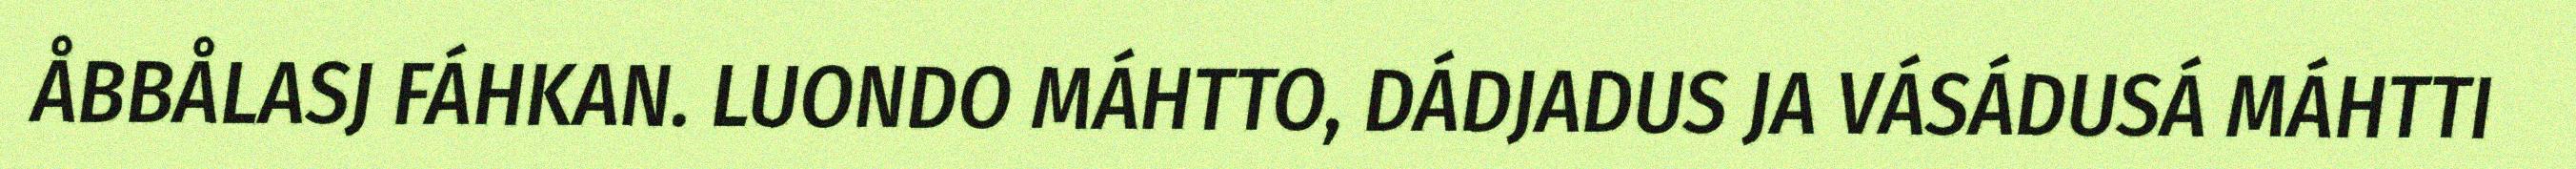
ÅBBÅLASJ FÁHKAN. LUONDO MÁHTTO, DÁDJADUS JA VÁSÁDUSÁ MÁHTTI